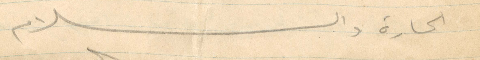
الحارة والسلام